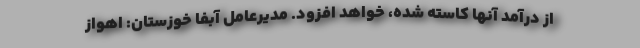
از درآمد آنها کاسته شده، خواهد افزود. مدیرعامل آبفا خوزستان: اهواز